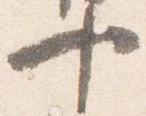
十